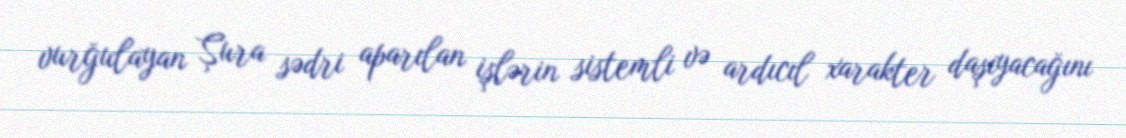
vurğulayan Şura sədri aparılan işlərin sistemli və ardıcıl xarakter daşıyacağını